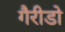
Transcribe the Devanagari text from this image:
गैरीडो